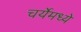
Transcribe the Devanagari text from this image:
चर्येमध्ये